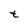
Character: t